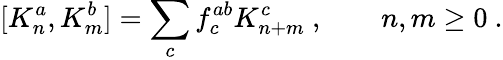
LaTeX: [K_{n}^{a},K_{m}^{b}]=\sum_{c}f_{c}^{ab}K_{n+m}^{c}\ ,\qquad n,m\ge 0\ .